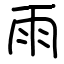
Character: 雨